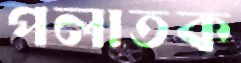
পলাতক